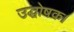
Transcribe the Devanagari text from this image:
उद्घोषक।